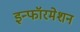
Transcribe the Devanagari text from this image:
इन्फॉरमेशन